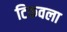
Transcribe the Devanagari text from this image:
टिकवला